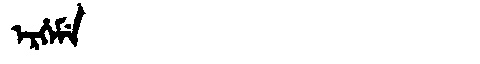
Manchu: ᡝᡵᡥᡝᠮᡝ
Romanization: ERHEME